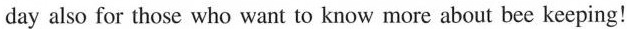
day also for those who want to know more about bee keeping!